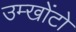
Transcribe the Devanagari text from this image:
उम्खोंटो